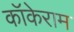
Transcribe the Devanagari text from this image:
कॉकेराम